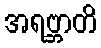
အရဗ္ဘာတိ